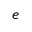
e